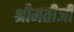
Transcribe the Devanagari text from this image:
श्रीमतीजी